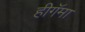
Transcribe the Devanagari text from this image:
हीगॅमा